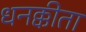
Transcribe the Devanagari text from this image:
धनक्कीता